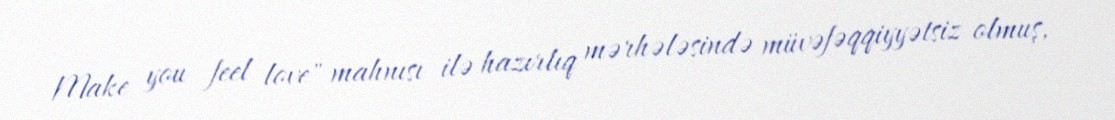
Make you feel love" mahnısı ilə hazırlıq mərhələsində müvəfəqqiyyətsiz olmuş,